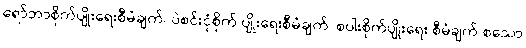
ရော်ဘာစိုက်ပျိုးရေးစီမံချက်၊ ပဲစင်းငုံစိုက် ပျိုးရေးစီမံချက်၊ စပါးစိုက်ပျိုးရေး စီမံချက် စသော